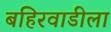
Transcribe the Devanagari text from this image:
बहिरवाडीला